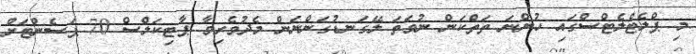
މި ޕްލެޓްލެޓްސްގައި ހުންނަ ތަތްކަން ނުވަތަ ލޭގަނޑުގަންނަން މެދުވެރިވާ ޕާޓިކަލްސް 70 ޕަސެންޓަށް